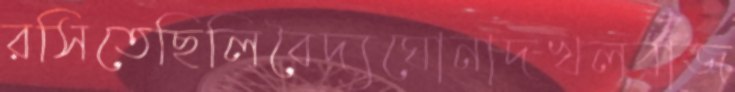
রসিতেছিলিবৈদ্যঘোনাদখলবাজ